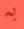
يه